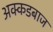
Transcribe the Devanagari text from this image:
अक्कडबाज